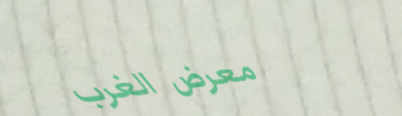
معرض الغرب